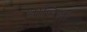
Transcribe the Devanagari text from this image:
धाडिला